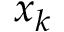
x _ { k }